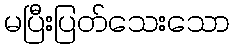
မပြီးပြတ်သေးသော